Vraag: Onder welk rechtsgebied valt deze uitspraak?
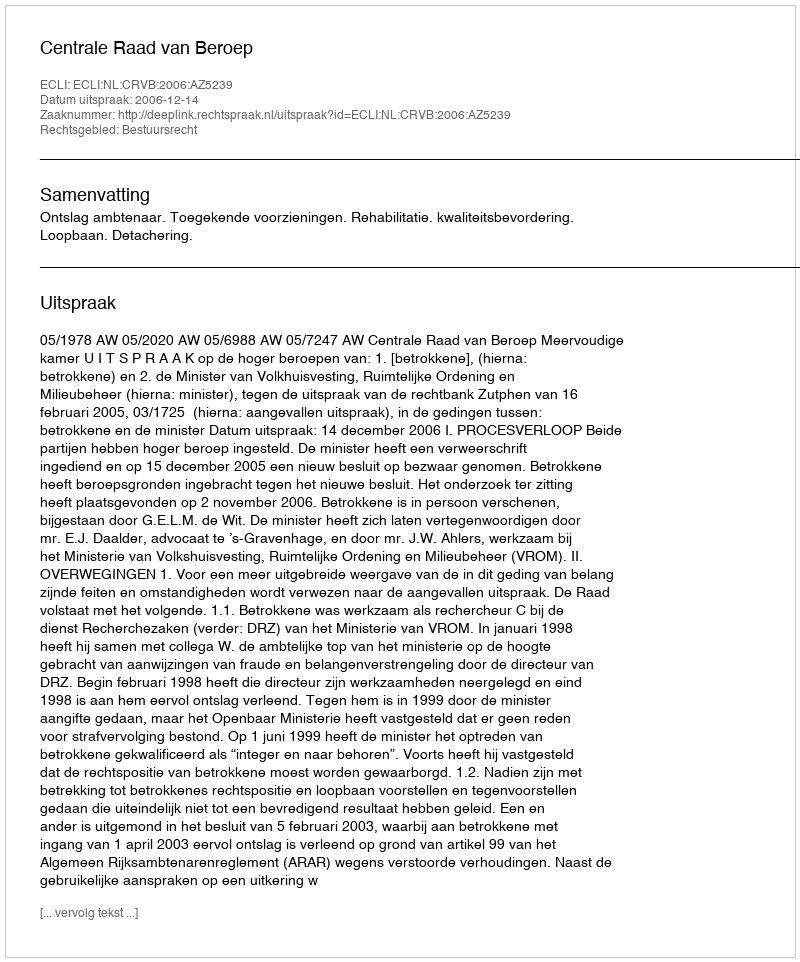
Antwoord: Bestuursrecht